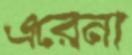
এরেনা